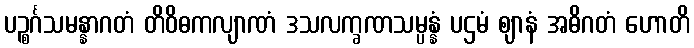
ပဉ္စင်္ဂသမန္နာဂတံ တိဝိဓကလျာဏံ ဒသလက္ခဏသမ္ပန္နံ ပဌမံ ဈာနံ အဓိဂတံ ဟောတိ